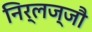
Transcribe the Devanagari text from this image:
निर्लज्जौ